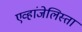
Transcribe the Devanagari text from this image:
एव्हांजेलिस्ता